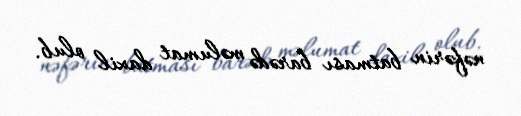
nəfərin batması barədə məlumat daxil olub.